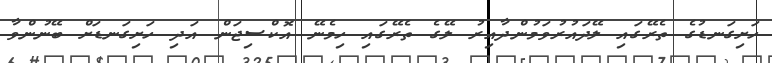
ހަށިގަނޑުގެ ތެރޭގައި ލޭދައުރުވަމުންދާއިރު ލޭގެ ތެރޭގައި ހިމެނޭ އޮކްސިޖަން އަދި ހަށިގަނޑަށް ބޭނުންވާ